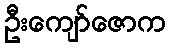
ဦးကျော်ဇောက